Mental hospitals Bombay report 1929-33 - 1929-1933
Year: 1929
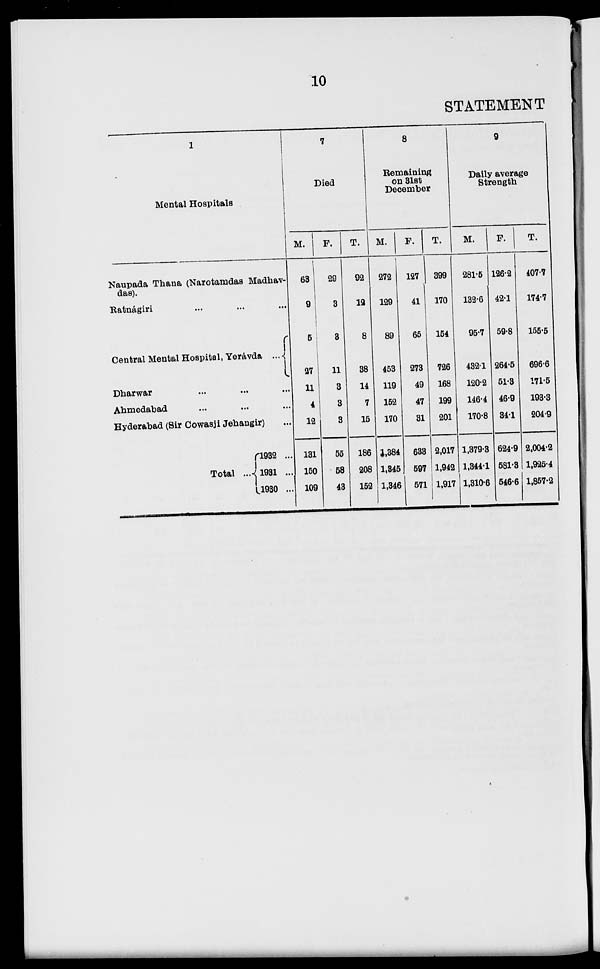
10
STATEMENT
1
Mental Hospitals
Naupada Thana (Narotamdas Madhav-
das).
Ratnágiri ... ... ...
Central Mental Hospital, Yerávda ...
Dharwar
...
... ...
Ahmedabad ... ... ...
Hyderabad (Sir Cowasji Jehangir) ...
Total ...
1932 ...
1931 ...
1930 ...
7
Died
M.
63
9
5
27
11
4
12
131
150
109
F.
29
3
3
11
3
3
3
55
58
43
T.
92
12
8
38
14
7
15
186
208
152
8
Remaining
on 31st
December
M.
272
129
89
453
119
152
170
1,384
1,345
1,346
F.
127
41
65
273
49
47
31
633
597
571
T.
399
170
154
726
168
199
201
2,017
1,942
1,917
9
Daily average
Strength
M.
281.5
132.6
95.7
432.1
120.2
146.4
170.8
1,379.3
1,344.1
1,310.6
F.
126.2
42.1
59.8
264.5
51.3
46.9
34.1
624.9
581.3
546.6
T.
407.7
174.7
155.5
696.6
171.5
193.3
204.9
2,004.2
1,925.4
1,857.2